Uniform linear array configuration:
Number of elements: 48
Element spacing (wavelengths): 1
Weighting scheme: binomial
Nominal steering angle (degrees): -15
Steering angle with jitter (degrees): -14.969
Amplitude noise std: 0.05
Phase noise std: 0.05

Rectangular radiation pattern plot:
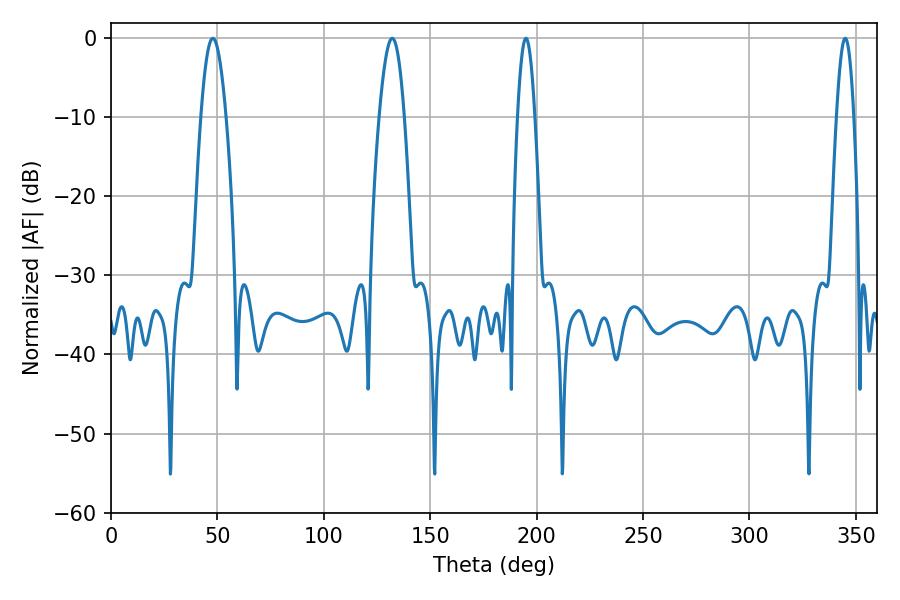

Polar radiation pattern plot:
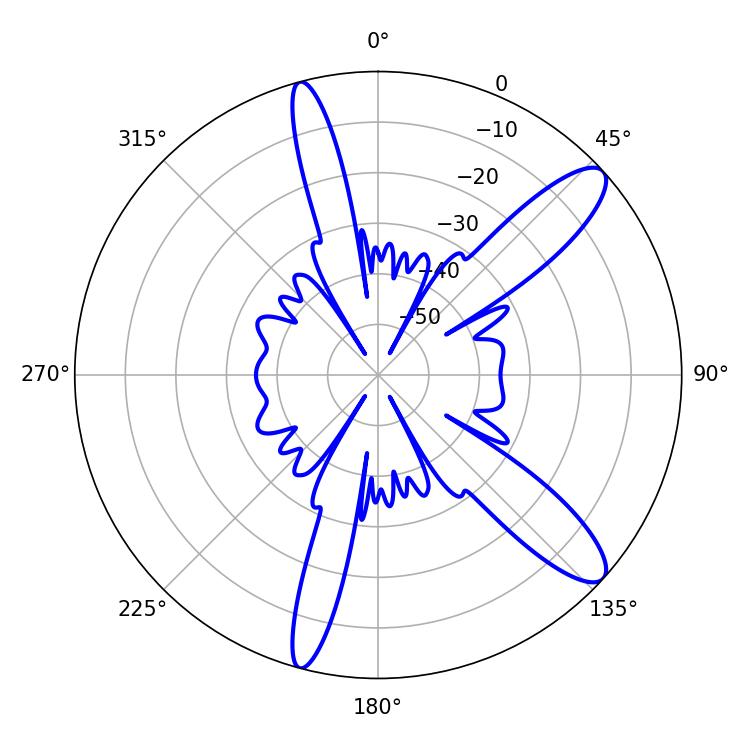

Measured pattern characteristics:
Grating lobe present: TRUE
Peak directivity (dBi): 11.649
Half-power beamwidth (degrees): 6.3
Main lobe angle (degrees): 47.88